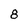
Character: 8